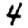
Digit: 4